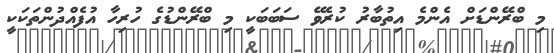
މި ބްރޭންޑަށް އެންމެ އިތުބާރު ކުރެވޭ ސަބަބަކީ މި ބްރޭންޑުގެ ހުރިހާ އުފެއްދުންތަކަކީ